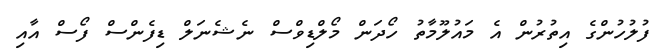
ފުލުހުންގެ އިތުރުން އެ މައުލޫމާތު ހޯދަން މޯލްޑިވްސް ނެޝެނަލް ޑިފެންސް ފޯސް އާއި